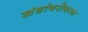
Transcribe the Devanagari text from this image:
खंडांबरोबरच